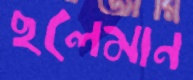
ছলেমান